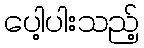
ပေါ့ပါးသည့်